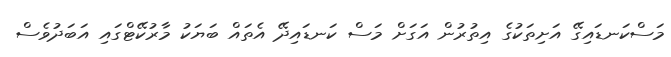
މަސްކަނޑައިގޭ އަށިތަކުގެ އިތުރުން އަގަށް މަސް ކަނޑައިދޭ އެތައް ބަޔަކު މާރުކޭޓްގައި އަބަދުވެސް